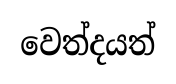
වෙත්දයත්